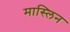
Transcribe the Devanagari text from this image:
मास्लिन